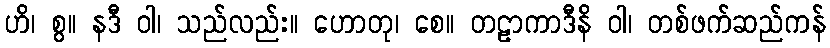
ဟိ၊ စွ။ နဒီ ဝါ၊ သည်လည်း။ ဟောတု၊ စေ။ တဠာကာဒီနိ ဝါ၊ တစ်ဖက်ဆည်ကန်